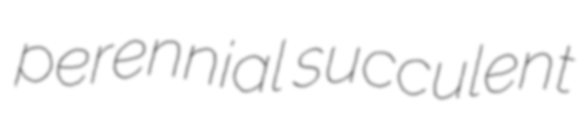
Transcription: perennial succulent